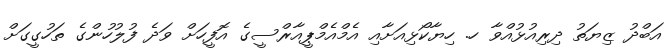
އަބްދު ޒިޔަތު ދިރިއުޅުއްްވާ ހ. ހިޔާކޯޅިއަށާއި އެމްއެމްޕީއާރްސީގެ އޮފީހަށް ވަދެ ފުލުހުންގެ ތަހުގީގަށް